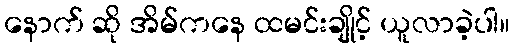
နောက် ဆို အိမ်ကနေ ထမင်းချိုင့် ယူလာခဲ့ပါ။